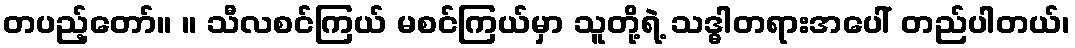
တပည့်တော်။ ။ သီလစင်ကြယ် မစင်ကြယ်မှာ သူတို့ရဲ့ သဒ္ဓါတရားအပေါ် တည်ပါတယ်၊